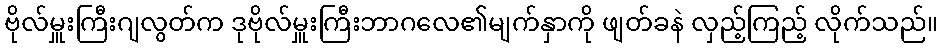
ဗိုလ်မှူးကြီးဂျလွတ်က ဒုဗိုလ်မှူးကြီးဘာဂလေ၏မျက်နှာကို ဖျတ်ခနဲ လှည့်ကြည့် လိုက်သည်။